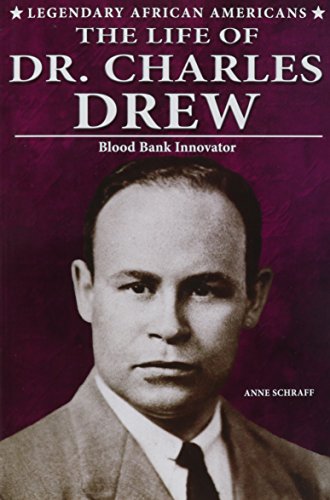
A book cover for The Life of Dr. Charles Drew: Blood Bank Innovator (Legendary African Americans); Anne E. Schraff; Teen & Young Adult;